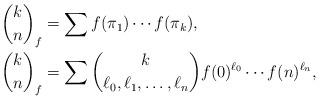
LaTeX: \begin{align*}\binom{k}{n}_f &= \sum f(\pi_1)\cdots f(\pi_k),\\\binom{k}{n}_f &= \sum\binom{k}{\ell_0,\ell_1,\ldots,\ell_n}f(0)^{\ell_0}\cdots f(n)^{\ell_n},\end{align*}